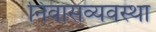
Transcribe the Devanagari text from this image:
निवासव्यवस्था